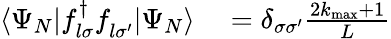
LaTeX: \begin{array}{rl}{\langle\Psi_{N}|f_{l\sigma}^{\dagger}f_{l\sigma^{\prime}}^{\phantom{\dagger}}|\Psi_{N}\rangle}&{{}=\delta_{\sigma\sigma^{\prime}}\frac{2k_{\mathrm{max}}+1}{L}}\end{array}